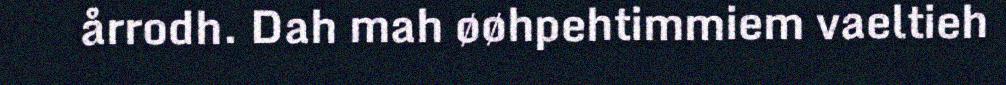
årrodh. Dah mah øøhpehtimmiem vaeltieh